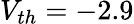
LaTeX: V_{th}=-2.9